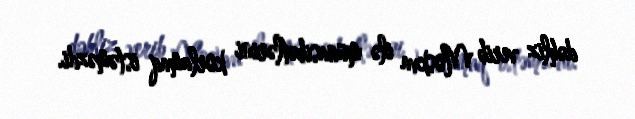
dəhliz verib Moskva ilə münasibətlərini korlamaq istəməzdi.